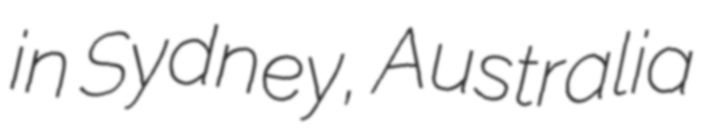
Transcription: in Sydney, Australia